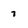
Character: 7